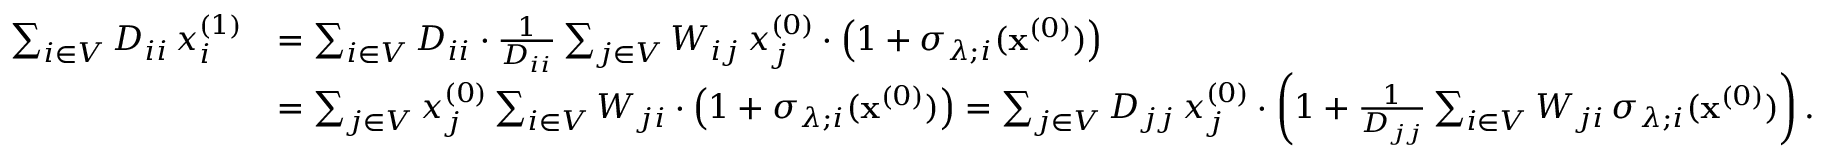
\begin{array} { r l } { \sum _ { i \in V } D _ { i i } \, x _ { i } ^ { ( 1 ) } } & { = \sum _ { i \in V } D _ { i i } \cdot \frac { 1 } { D _ { i i } } \sum _ { j \in V } W _ { i j } \, x _ { j } ^ { ( 0 ) } \cdot \left( 1 + \sigma _ { \lambda ; i } ( \mathbf { x } ^ { ( 0 ) } ) \right) } \\ & { = \sum _ { j \in V } x _ { j } ^ { ( 0 ) } \sum _ { i \in V } W _ { j i } \cdot \left( 1 + \sigma _ { \lambda ; i } ( \mathbf { x } ^ { ( 0 ) } ) \right) = \sum _ { j \in V } D _ { j j } \, x _ { j } ^ { ( 0 ) } \cdot \left( 1 + \frac { 1 } { D _ { j j } } \sum _ { i \in V } W _ { j i } \, \sigma _ { \lambda ; i } ( \mathbf { x } ^ { ( 0 ) } ) \right) . } \end{array}